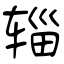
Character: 辎